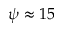
\psi \approx 1 5